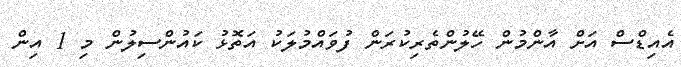
އެއިޑްސް އަށް އާންމުން ހޭލުންތެރިކުރަން ފުވައްމުލަކު އަތޮޅު ކައުންސިލުން މި 1 އިން